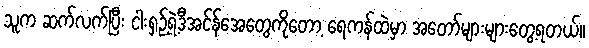
သူက ဆက်လက်ပြီး ငါးရှဉ့်ရဲ့ဒီအင်န်အေတွေကိုတော့ ရေကန်ထဲမှာ အတော်များများတွေ့ရတယ်။